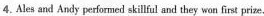
4.Ales and Andy performed skillul and they wan fint prize.